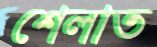
শেলাত